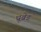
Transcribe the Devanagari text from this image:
थ्रूब्रेड